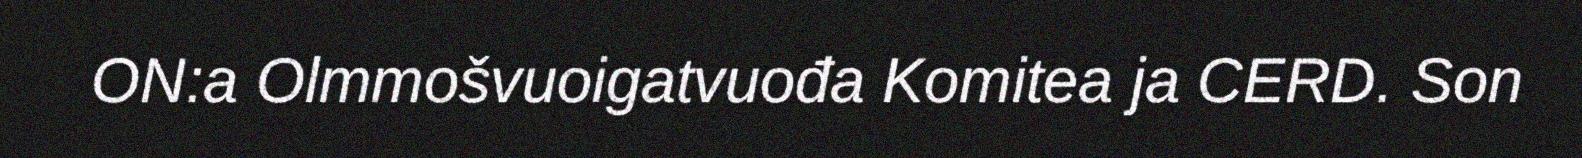
ON:a Olmmošvuoigatvuođa Komitea ja CERD. Son